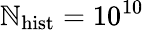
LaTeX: \mathbb{N}_{\mathrm{{hist}}}=10^{10}